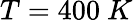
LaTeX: T=400\ K